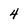
Character: 4